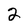
Character: 2